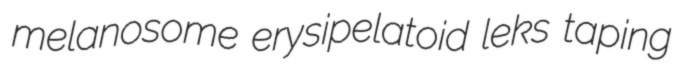
melanosome erysipelatoid leks taping